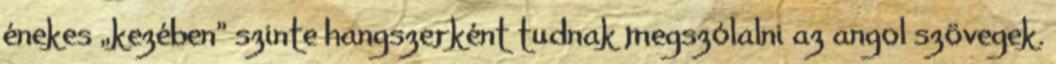
énekes „kezében” szinte hangszerként tudnak megszólalni az angol szövegek.